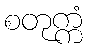
စတုက္ကံ